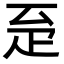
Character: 𤴖